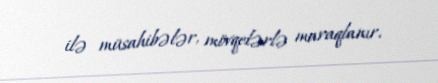
ilə müsahibələr, mövqelərlə maraqlanır.